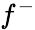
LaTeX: f^{-}